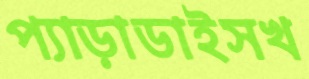
প্যাড়াডাইসখ